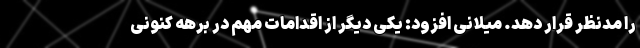
را مدنظر قرار دهد. میلانی افزود: یکی دیگر از اقدامات مهم در برهه کنونی